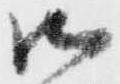
御